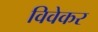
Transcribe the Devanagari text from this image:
विवेकर